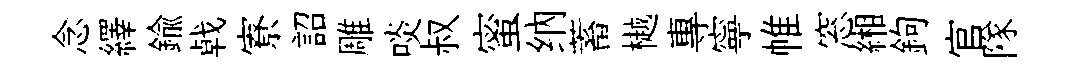
念繹鍮㦸寮詔雕啖叔蜜纳蓄樾專寧帷窓緗鉤官隊